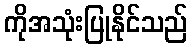
ကိုအသုံးပြုနိုင်သည်